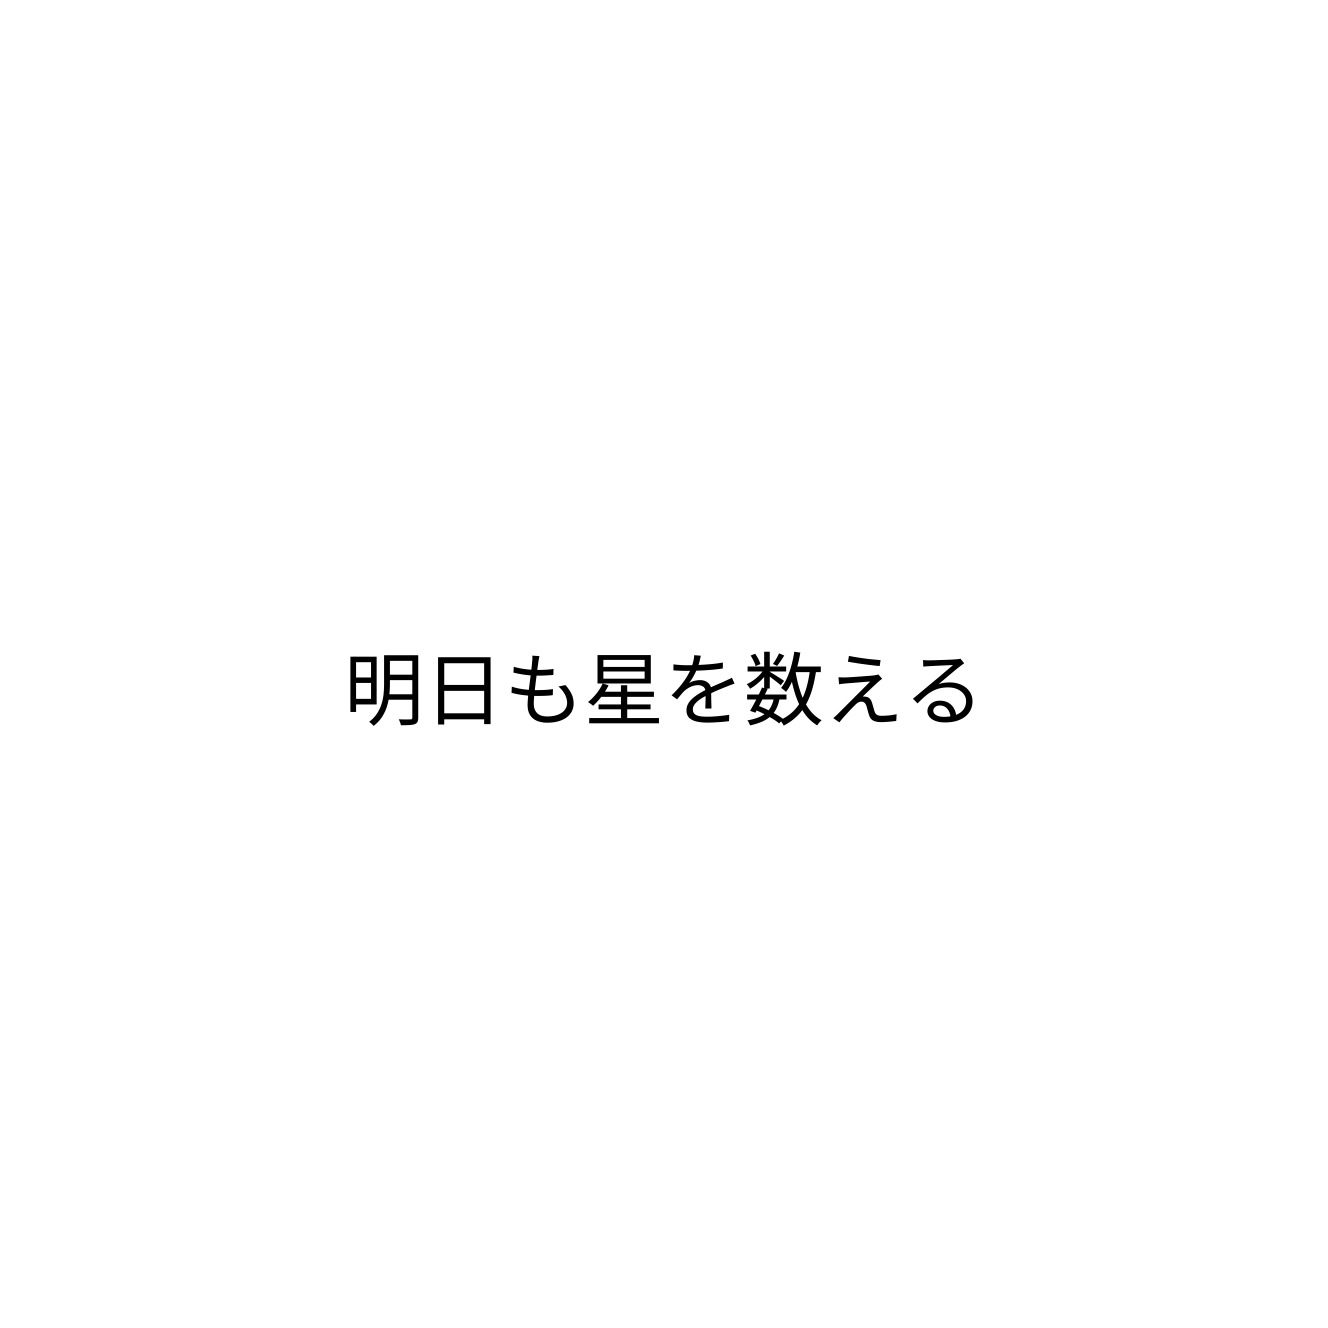
明日も星を数える